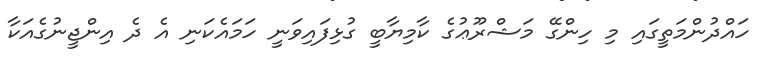
ހައްދުންމަތީގައި މި ހިންގޭ މަޝްރޫޢުގެ ކާމިޔާބީ ގުޅިފައިވަނީ ހަމައެކަނި އެ ދެ އިންޖީނުގެއަކާ